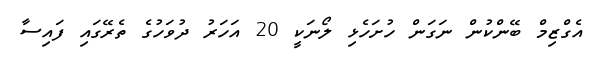
އެގްޒިމް ބޭންކުން ނަގަން ހުށަހެޅި ލޯނަކީ 20 އަހަރު ދުވަހުގެ ތެރޭގައި ފައިސާ